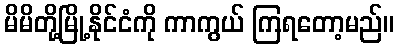
မိမိတို့မြို့နိုင်ငံကို ကာကွယ် ကြရတော့မည်။